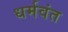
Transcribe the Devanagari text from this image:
धर्मवंत